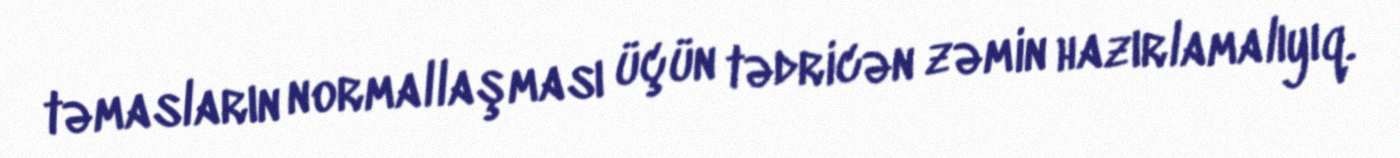
təmasların normallaşması üçün tədricən zəmin hazırlamalıyıq.